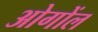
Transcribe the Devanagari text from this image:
ओगोंल